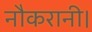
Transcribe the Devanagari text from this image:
नौकरानी।